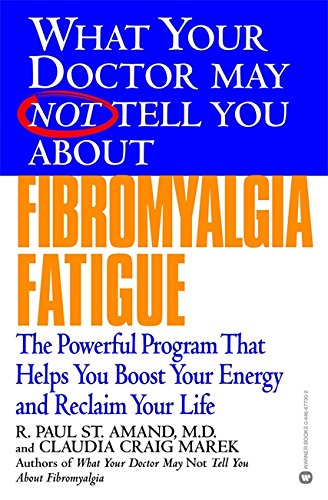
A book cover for What Your Doctor May Not Tell You About(TM): Fibromyalgia Fatigue: The Powerful Program That Helps You Boost Your Energy and Reclaim Your Life; R. Paul St. Amand; Health, Fitness & Dieting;